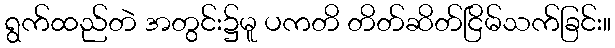
ရွက်ထည်တဲ အတွင်း၌မူ ပကတိ တိတ်ဆိတ်ငြိမ်သက်ခြင်း။